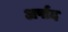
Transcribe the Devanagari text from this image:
अर्पाद